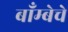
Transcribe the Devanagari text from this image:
बाँम्बेचे